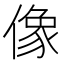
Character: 像